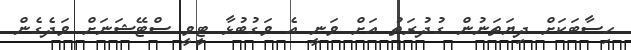
ހިސާބަކަށް ދިޔަތަނުން ގުދުރަތު އަށް ވަނީ އެ ވަގުބުޅާ ޓީވީ ސްޓޭޝަނަށް ވަދެގެން